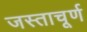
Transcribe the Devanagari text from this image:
जस्ताचूर्ण